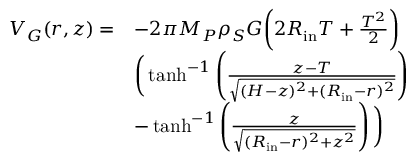
\begin{array} { r l } { V _ { G } ( r , z ) = } & { - 2 \pi M _ { P } \rho _ { S } G \bigg ( 2 R _ { \mathrm { i n } } T + \frac { T ^ { 2 } } { 2 } \bigg ) } \\ & { \bigg ( \operatorname { t a n h } ^ { - 1 } \left( \frac { z - T } { \sqrt { ( H - z ) ^ { 2 } + ( R _ { \mathrm { i n } } - r ) ^ { 2 } } } \right) } \\ & { - \operatorname { t a n h } ^ { - 1 } \left( \frac { z } { \sqrt { ( R _ { \mathrm { i n } } - r ) ^ { 2 } + z ^ { 2 } } } \right) \bigg ) } \end{array}